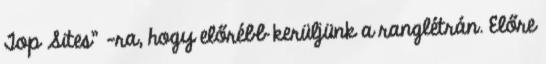
Top Sites" -ra, hogy előrébb kerüljünk a ranglétrán. Előre